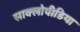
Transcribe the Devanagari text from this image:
साक्लोपीडिया